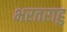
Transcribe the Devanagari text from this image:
भरतराहु